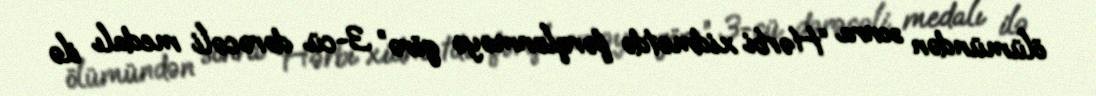
ölümündən sonra “Hərbi xidmətdə fərqlənməyə görə” 3-cü dərəcəli medalı ilə